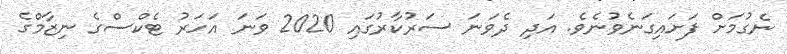
ނެގުމަށް ފަށައިގަނެވުނެވެ. އަދި ދެވަނަ ސަރުކާރުގައި 2020 ވަނަ އަހަރު ޓެކްސްގެ ނިޒާމްގެ